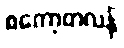
စကော့တလန်